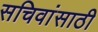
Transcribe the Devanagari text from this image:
सचिवांसाठी